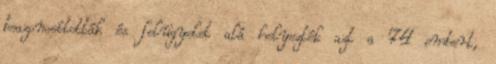
beazonosították és felügyelet alá helyezték azt a 74 embert,